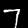
Digit: 7